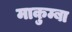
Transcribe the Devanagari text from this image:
माकुम्बा